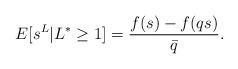
LaTeX: \begin{align*} E[s^L|L^*\geq 1]=\frac{f(s)-f(qs)}{\bar{q}}. \end{align*}